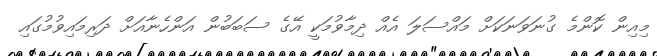
މިއިން ކޮންމެ ގުނަވަނަކަށް މައްސަލަ އެއް ދިމާވުމަކީ އޭގެ ސަބަބުން އަންހެނާއަށް ދަރިމައިވުމުގައި